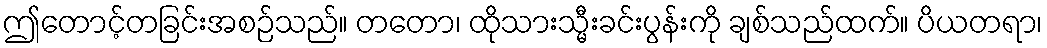
ဤတောင့်တခြင်းအစဉ်သည်။ တတော၊ ထိုသားသ္မီးခင်းပွန်းကို ချစ်သည်ထက်။ ပိယတရာ၊